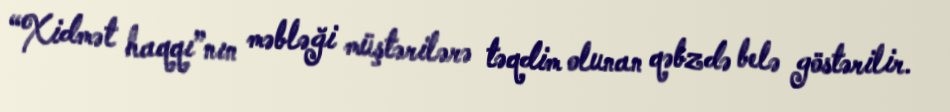
“Xidmət haqqı”nın məbləği müştərilərə təqdim olunan qəbzdə belə göstərilir.